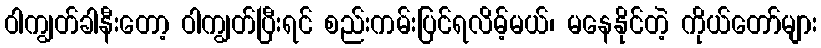
ဝါကျွတ်ခါနီးတော့ ဝါကျွတ်ပြီးရင် စည်းကမ်းပြင်ရလိမ့်မယ်၊ မနေနိုင်တဲ့ ကိုယ်တော်များ